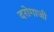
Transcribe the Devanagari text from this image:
दरोगाजी